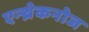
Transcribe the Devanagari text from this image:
एन्थ्रेकनोज